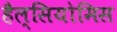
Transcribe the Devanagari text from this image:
हैल्सियोमिस